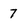
Character: 7